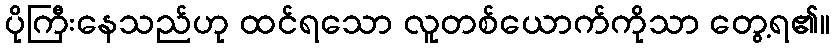
ပိုကြီးနေသည်ဟု ထင်ရသော လူတစ်ယောက်ကိုသာ တွေ့ရ၏။